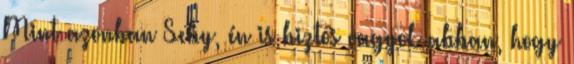
Mint azonban Seby, én is biztos vagyok abban, hogy